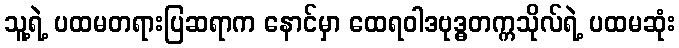
သူ့ရဲ့ ပထမတရားပြဆရာက နောင်မှာ ထေရဝါဒဗုဒ္ဓတက္ကသိုလ်ရဲ့ ပထမဆုံး